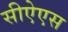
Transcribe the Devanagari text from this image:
सीऐएस